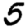
Digit: 5